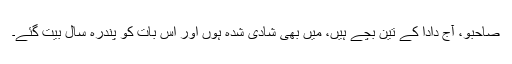
صاحبو، آج دادا کے تین بچے ہیں، میں بھی شادی شدہ ہوں اور اس بات کو پندرہ سال بیت گئے۔